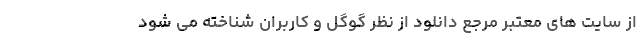
از سایت های معتبر مرجع دانلود از نظر گوگل و کاربران شناخته می شود